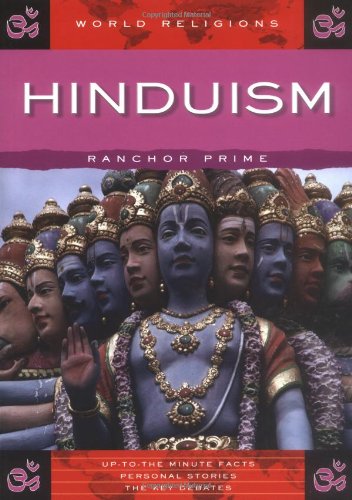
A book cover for Hinduism (World Religions); Ranchor Prime; Children's Books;